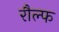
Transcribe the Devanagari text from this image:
रौल्फ